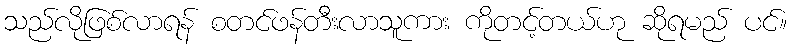
သည်လိုဖြစ်လာရန် စတင်ဖန်တီးလာသူကား ကိုတင့်တယ်ဟု ဆိုရမည် ပင်။